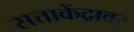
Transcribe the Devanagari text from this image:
सत्ताकेंद्रावर